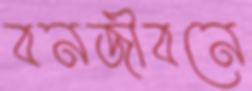
বনজীবনে